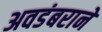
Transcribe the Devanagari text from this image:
अवडंबराने